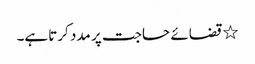
٭ قضائے حاجت پر مدد کرتاہے۔